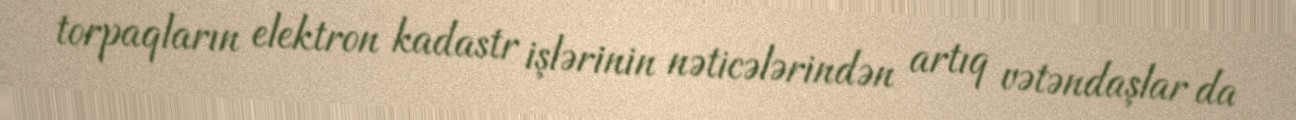
torpaqların elektron kadastr işlərinin nəticələrindən artıq vətəndaşlar da